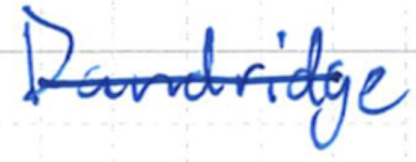
Text: Dandridge
Cross-out: single-line
Writing tool: ballpoint